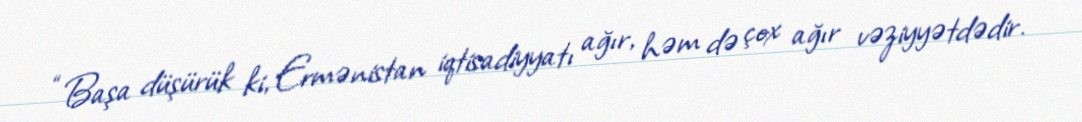
“Başa düşürük ki, Ermənistan iqtisadiyyatı ağır, həm də çox ağır vəziyyətdədir.